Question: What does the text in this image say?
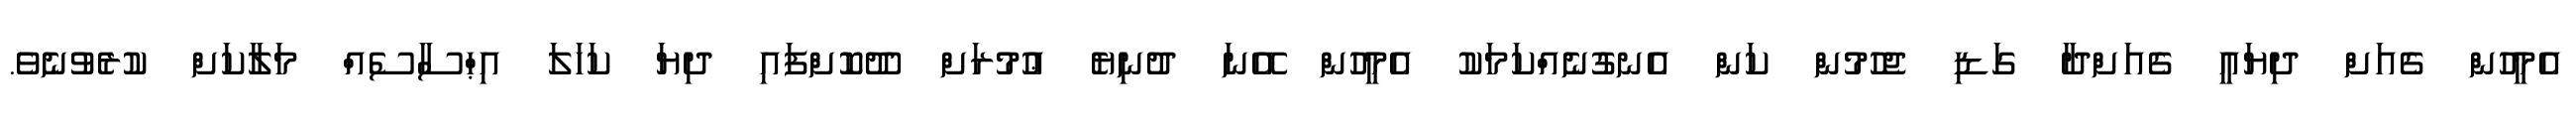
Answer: އެމީހުން ގެއަށް ދިޔައީ ގެއަށްދާ ގަޑި ޖެހުމުން ކަން އެނގުނެއްކަމަކު އެމީހުން އޭނަ ދުނިޔެ ޢުމުރަށް ދޫކޮށްފައި ދިޔަ ކަހަލަ އިޙްސާސެއް މަލާކަށް ކުރެވުނެވެ.